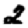
Digit: 2